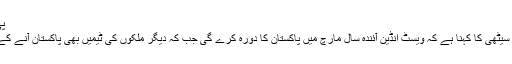
پی ایس ایل کے تیسرے ایڈیشن کا مزید پڑھیں
لاہور پاکستان کرکٹ بورڈ کے چیئرمین نجم سیٹھی کا کہنا ہے کہ ویسٹ انڈین آئندہ سال مارچ میں پاکستان کا دورہ کرے گی جب کہ دیگر ملکوں کی ٹیمیں بھی پاکستان آنے کے لئے تیار ہیں لیکن ابھی ان کے مزید پڑھیں